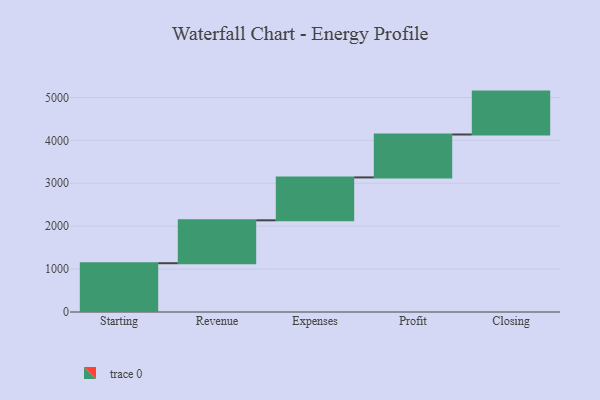
{"axis": {"x": "Step", "y": "Value"}, "legend": [""], "data": [{"x": "Starting", "y": 1137.0, "type": ""}, {"x": "Revenue", "y": 1000, "type": ""}, {"x": "Expenses", "y": 1000, "type": ""}, {"x": "Profit", "y": 1000, "type": ""}, {"x": "Closing", "y": 1000, "type": ""}]}